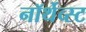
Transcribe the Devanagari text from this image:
नॉर्थेव्स्ट